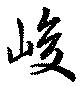
峻